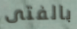
بالفتى